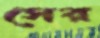
সের